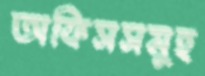
অফিসসমূহ